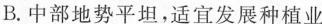
B.中部地势平坦，适宜发展种植业